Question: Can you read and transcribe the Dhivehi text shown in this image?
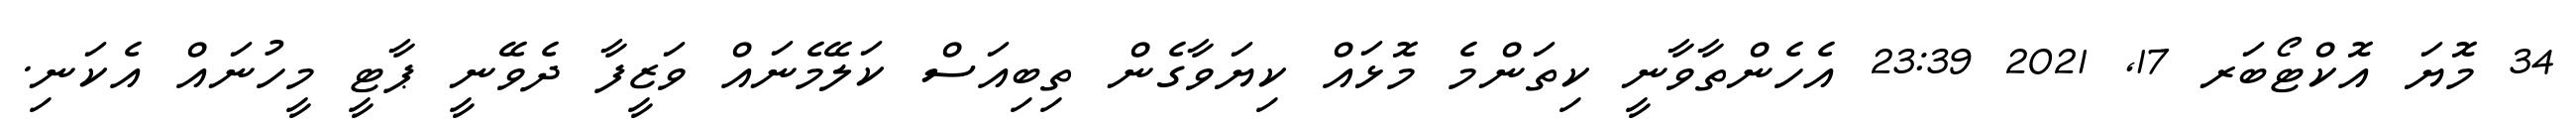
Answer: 34 މޮޔަ އޮކްޓޯބަރ 17, 2021 23:39 އެހެންތާވާނީ ކިތަންމެ މޮޅައް ކިޔަވާގެން ތިބިއަސް ކަލޭމެނައް ވަޒީފާ ދެވޭނީ ޕާޓީ މީހުނައް އެކަނި.